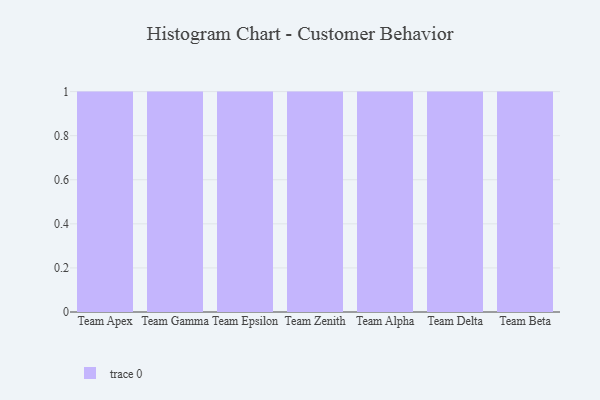
{"axis": {"x": "Team", "y": "Bounce Rate (%)"}, "legend": [""], "data": [{"x": "Team Apex", "y": 68, "type": ""}, {"x": "Team Gamma", "y": 77, "type": ""}, {"x": "Team Epsilon", "y": 35, "type": ""}, {"x": "Team Zenith", "y": 89, "type": ""}, {"x": "Team Alpha", "y": 48, "type": ""}, {"x": "Team Delta", "y": 16, "type": ""}, {"x": "Team Beta", "y": 3, "type": ""}]}